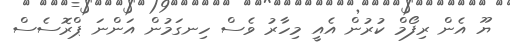
ޔޫ އެން ރިފޯމް ކުރުން އެއީ މިހާރު ވެސް ހިނގަމުން އަންނަ ޕްރޮސެސް